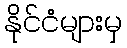
နိုင်ငံများမှ